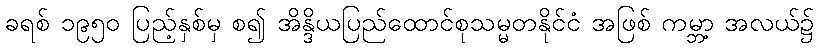
ခရစ် ၁၉၅၀ ပြည့်နှစ်မှ စ၍ အိန္ဒိယပြည်ထောင်စုသမ္မတနိုင်ငံ အဖြစ် ကမ္ဘာ့ အလယ်၌